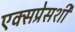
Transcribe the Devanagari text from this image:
एक्सप्रेसशी